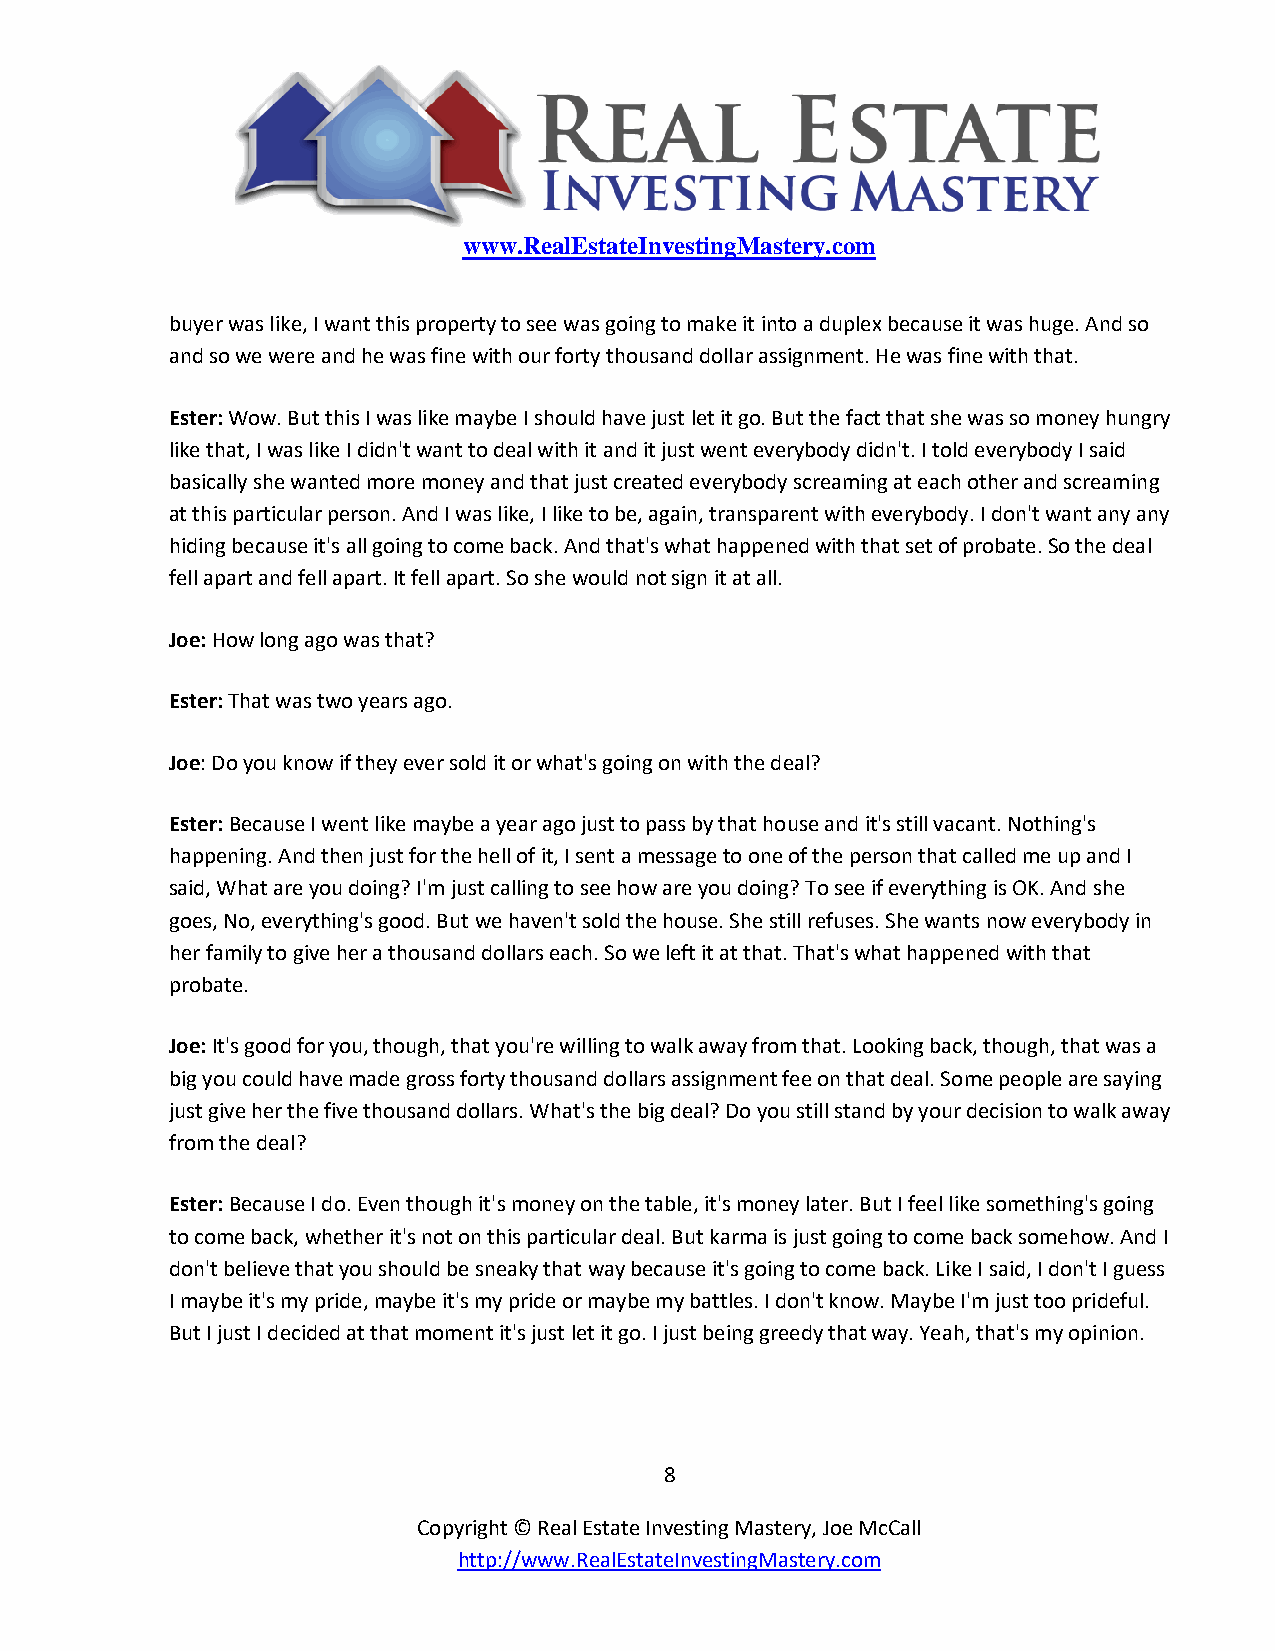
www.RealEstateInvestingMastery.com
 buyer was like, I want this property to see was going to make it into a duplex because it was huge. And so
 and so we were and he was fine with our forty thousand dollar assignment. He was fine with that.
 Ester: Wow. But this I was like maybe I should have just let it go. But the fact that she was so money hungry
 like that, I was like I didn't want to deal with it and it just went everybody didn't. I told everybody I said
 basically she wanted more money and that just created everybody screaming at each other and screaming
 at this particular person. And I was like, I like to be, again, transparent with everybody. I don't want any any
 hiding because it's all going to come back. And that's what happened with that set of probate. So the deal
 fell apart and fell apart. It fell apart. So she would not sign it at all.
 Joe: How long ago was that?
 Ester: That was two years ago.
 Joe: Do you know if they ever sold it or what's going on with the deal?
 Ester: Because I went like maybe a year ago just to pass by that house and it's still vacant. Nothing's
 happening. And then just for the hell of it, I sent a message to one of the person that called me up and I
 said, What are you doing? I'm just calling to see how are you doing? To see if everything is OK. And she
 goes, No, everything's good. But we haven't sold the house. She still refuses. She wants now everybody in
 her family to give her a thousand dollars each. So we left it at that. That's what happened with that
 probate.
 Joe: It's good for you, though, that you're willing to walk away from that. Looking back, though, that was a
 big you could have made gross forty thousand dollars assignment fee on that deal. Some people are saying
 just give her the five thousand dollars. What's the big deal? Do you still stand by your decision to walk away
 from the deal?
 Ester: Because I do. Even though it's money on the table, it's money later. But I feel like something's going
 to come back, whether it's not on this particular deal. But karma is just going to come back somehow. And I
 don't believe that you should be sneaky that way because it's going to come back. Like I said, I don't I guess
 I maybe it's my pride, maybe it's my pride or maybe my battles. I don't know. Maybe I'm just too prideful.
 But I just I decided at that moment it's just let it go. I just being greedy that way. Yeah, that's my opinion.
 8
 Copyright © Real Estate Investing Mastery, Joe McCall
 http://www.RealEstateInvestingMastery.com